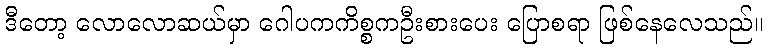
ဒီတော့ လောလောဆယ်မှာ ဂေါပကကိစ္စကဦးစားပေး ပြောစရာ ဖြစ်နေလေသည်။